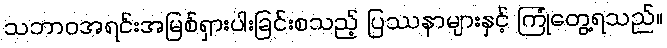
သဘာဝအရင်းအမြစ်ရှားပါးခြင်းစသည့် ပြဿနာများနှင့် ကြုံတွေ့ရသည်။